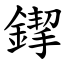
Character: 䤿